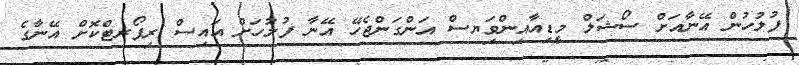
ފުލުހުން އޭނާއަށް ސޯޝަލް މީޑިއާއިންވިަޔސް އަންގަންޖެހޭ އޭނާ ފުލުހަށް އައިސް ރިޕޯޜޓްކޮށް އޭނާގެ